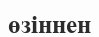
өзіннен